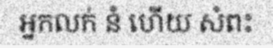
អ្នកលក់ នំ ហើយ សំពះ